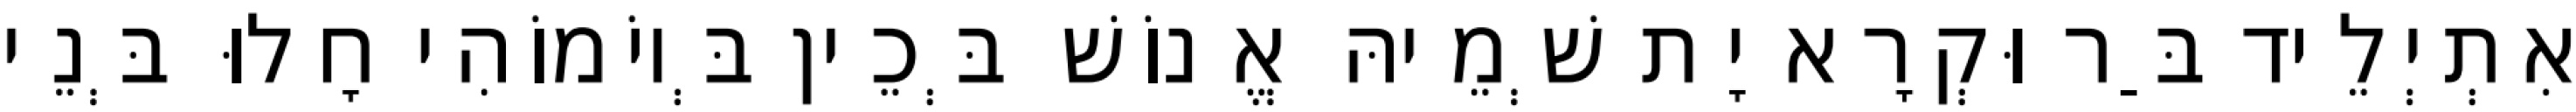
אִתְיְלֵיד בַּר וּקְרָא יָת שְׁמֵיהּ אֱנוֹשׁ בְּכֵין בְּיוֹמוֹהִי חָלוּ בְּנֵי